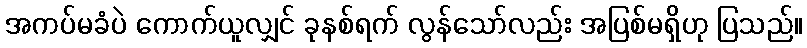
အကပ်မခံပဲ ကောက်ယူလျှင် ခုနစ်ရက် လွန်သော်လည်း အပြစ်မရှိဟု ပြသည်။